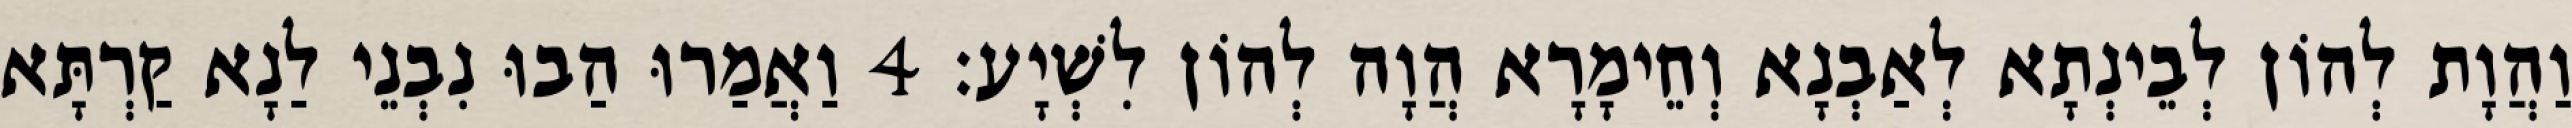
וַהֲוָת לְהוֹן לְבֵינְתָא לְאַבְנָא וְחֵימָרָא הֲוָה לְהוֹן לִשְׁיָע׃ 4 וַאֲמַרוּ הַבוּ נִבְנֵי לַנָא קַרְתָּא